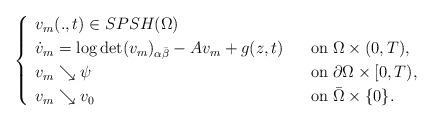
LaTeX: \begin{align*} \begin{cases} \begin{array}{ll} v_m(.,t)\in SPSH(\Omega)\\ \dot{v}_m=\log\det (v_m)_{\alpha\bar{\beta}}-Av_m+g(z,t)\;\;\;&\mbox{on}\;\Omega\times (0,T),\\ v_m\searrow\psi&\mbox{on}\;\partial\Omega\times [0,T),\\ v_m\searrow v_0&\mbox{on}\;\bar{\Omega}\times\{ 0\}. \end{array} \end{cases} \end{align*}